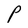
Character: P